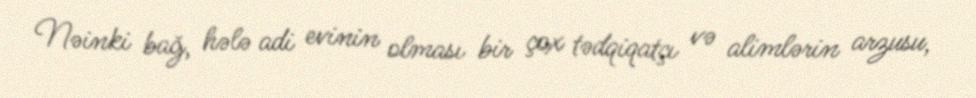
Nəinki bağ, hələ adi evinin olması bir çox tədqiqatçı və alimlərin arzusu,